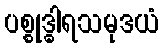
ပစ္စုဒ္ဓါရသမုဒယံ